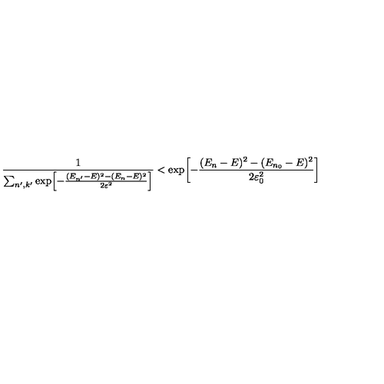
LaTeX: { \frac { 1 } { \sum _ { n ^ { \prime } , k ^ { \prime } } \exp \! \left[ { - { \frac { ( E _ { n ^ { \prime } } - E ) ^ { 2 } - ( E _ { n } - E ) ^ { 2 } } { 2 \varepsilon ^ { 2 } } } } \right] } } < \exp \! \left[ { - { \frac { ( E _ { n } - E ) ^ { 2 } - ( E _ { n _ { 0 } } - E ) ^ { 2 } } { 2 \varepsilon _ { 0 } ^ { 2 } } } } \right]